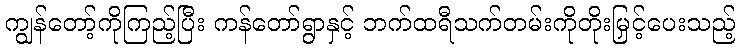
ကျွန်တော့်ကိုကြည့်ပြီး ကန်တော်ရွာနှင့် ဘက်ထရီသက်တမ်းကိုတိုးမြှင့်ပေးသည့်